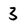
Character: 3